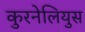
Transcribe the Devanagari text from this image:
कुरनेलियुस